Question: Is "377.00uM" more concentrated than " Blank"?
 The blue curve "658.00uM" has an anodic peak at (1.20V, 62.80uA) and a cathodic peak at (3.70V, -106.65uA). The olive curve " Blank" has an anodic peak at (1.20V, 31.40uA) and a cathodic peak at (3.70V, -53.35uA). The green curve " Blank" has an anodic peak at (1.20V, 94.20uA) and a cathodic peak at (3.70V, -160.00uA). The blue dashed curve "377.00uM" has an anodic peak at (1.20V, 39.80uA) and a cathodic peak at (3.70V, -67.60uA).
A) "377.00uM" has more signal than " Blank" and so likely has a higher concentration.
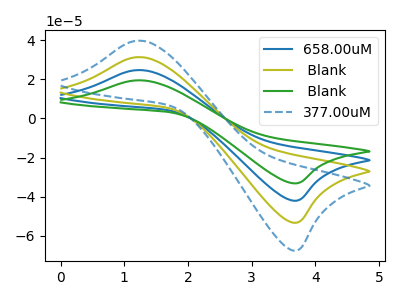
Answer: <think>All the peaks in "377.00uM" have a peak in " Blank" at the same potential. Every peak in "377.00uM" is higher than every peak in " Blank".
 </think>
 <answer>A) "377.00uM" has more signal than " Blank" and so likely has a higher concentration.</answer>
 <eval>A</eval>